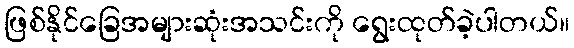
ဖြစ်နိုင်ခြေအများဆုံးအသင်းကို ရွေးထုတ်ခဲ့ပါတယ်။